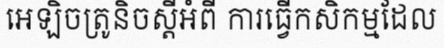
អេឡិចត្រូនិចស្តីអំពី ការធ្វើកសិកម្មដែល